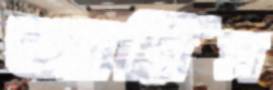
আরিস